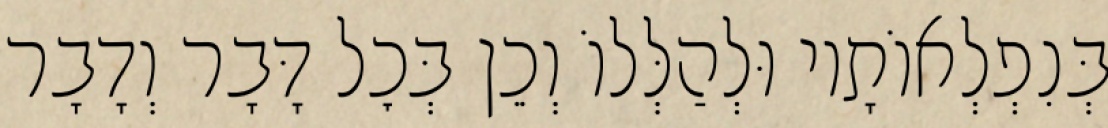
בְּנִפְלְאוֹתָיו וּלְהַלְּלוֹ וְכֵן בְּכׇל דָּבָר וְדָבָר